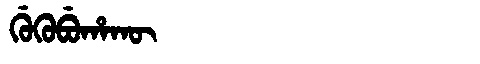
Manchu: ᡤᡠᡴᡠᠪᡠᡥᠠᡴᡡ
Romanization: GUKUBUHAKŪ